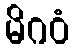
မိဂဝံ